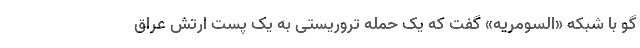
گو با شبکه «السومریه» گفت که یک حمله تروریستی به یک پست ارتش عراق